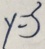
y = 3